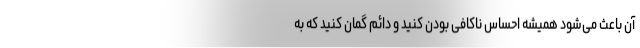
آن باعث می‌شود همیشه احساس ناکافی بودن کنید و دائم گمان کنید که به